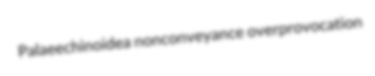
Palaeechinoidea nonconveyance overprovocation